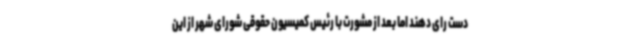
دست رای دهند اما بعد از مشورت با رئیس کمیسیون حقوقی شورای شهر از این